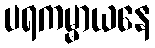
ပရကမ္မာယနေ